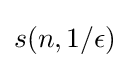
s(n,1/\epsilon )